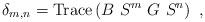
LaTeX: \begin{align*}\delta_{m,n}=\operatorname*{Trace}\left( B~S^{m}~G~S^{n}\right) \ ,\end{align*}